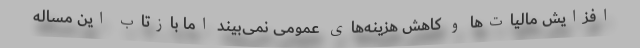
افزایش مالیات‌ها و کاهش هزینه‌های عمومی نمی‌بیند اما بازتاب این مساله